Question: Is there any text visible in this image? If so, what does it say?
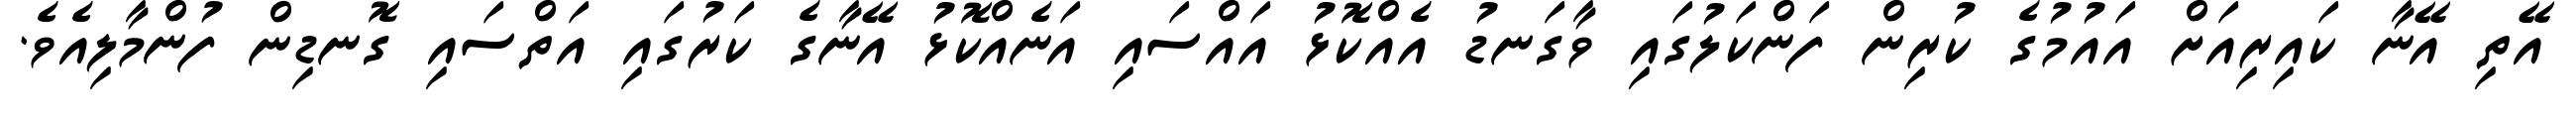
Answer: އޭތި އޭނާ ކައިރިއަށް އައުމުގެ ކުރިން ފަންކަލުގައި ވާގަނޑު އެއްކޮޅު އައްސައި އަނެއްކޮޅު އޭނާގެ ކަރުގައި އަތްސައި ގޮނޑިން ފުންމާލިއެވެ.